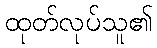
ထုတ်လုပ်သူ၏